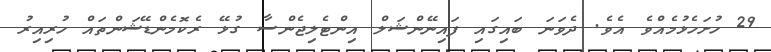
29 ހުށަހެޅުމެއްވެ އެވެ. ދެވަނަ ބައިގައި ފައިނޭންޝަލް އިންޓެލިޖެންސާ ގުޅޭ ރެކޮމެންޑޭޝަންތައް ހުރިއިރު